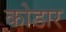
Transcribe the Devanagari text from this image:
कोडार